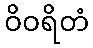
ဝိဝရိတံ